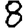
Digit: 8